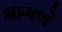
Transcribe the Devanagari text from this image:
भागणे